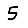
Digit: 5